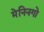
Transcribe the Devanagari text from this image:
मेनिनगो